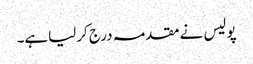
پولیس نے مقدمہ درج کرلیاہے۔